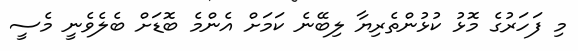
މި ފަހަރުގެ މޮޅު ކުޅުންތެރިޔާ ލިބޭނެ ކަމަށް އެންމެ ބޮޑަށް ބެލެވެނީ މެސީ